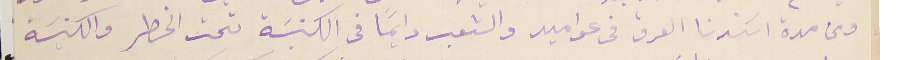
ومن مدة اسَندنا العرق فى عواميد والشعب دايمًا فى الكنيسَة تحت الخطر والكنيسَة